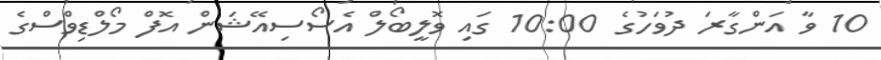
10 ވާ އަންގާރަ ދުވަހުގެ 10:00 ގައި ވޮލީބޯލް އެސޯސިއޭޝަން އޮފް މޯލްޑިވްސްގެ